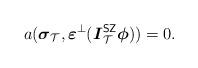
LaTeX: \begin{align*}a(\boldsymbol{\sigma}_{\mathcal{T}}, \boldsymbol{\varepsilon}^{\perp}(\boldsymbol{I}_{\mathcal{T}}^{\textsf{SZ}}\boldsymbol{\phi}))=0.\end{align*}